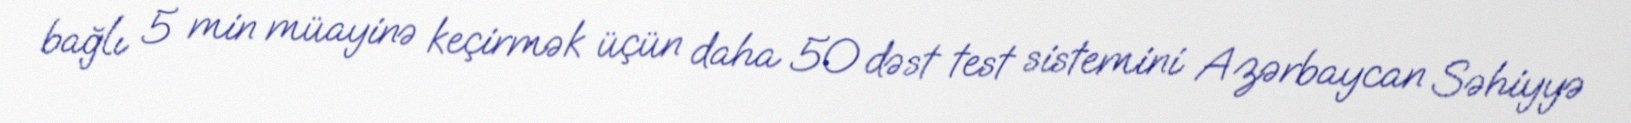
bağlı 5 min müayinə keçirmək üçün daha 50 dəst test sistemini Azərbaycan Səhiyyə